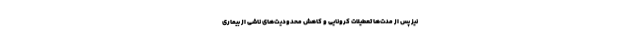
نیز پس از مدت‌ها تعطیلات کرونایی و کاهش محدودیت‌های ناشی از بیماری